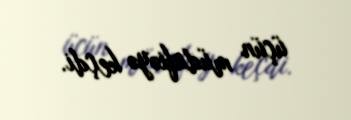
üçün müdafiəyə keçdi.